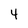
Character: 4